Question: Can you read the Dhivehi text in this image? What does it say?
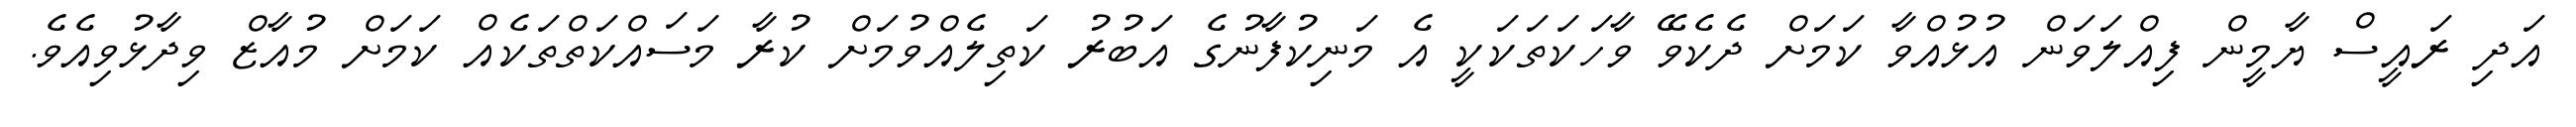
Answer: އަދި ރައީސް ޔާމީން ފިއްލަވަން އުޅުއްވާ ކަމަށް ދެކެވޭ ވާހަކަތަކަކީ އެ މަނިކުފާނުގެ އަބުރު ކަތިލެއްވުމަށް ކުރާ މަސައްކަތްތަކެއް ކަމަށް މުއާޒް ވިދާޅުވިއެވެ.